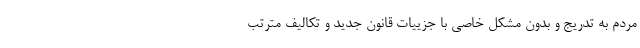
مردم به تدريج و بدون مشكل خاصي با جزييات قانون جديد و تكاليف مترتب